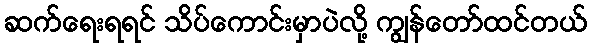
ဆက်ရေးရရင် သိပ်ကောင်းမှာပဲလို့ ကျွန်တော်ထင်တယ်